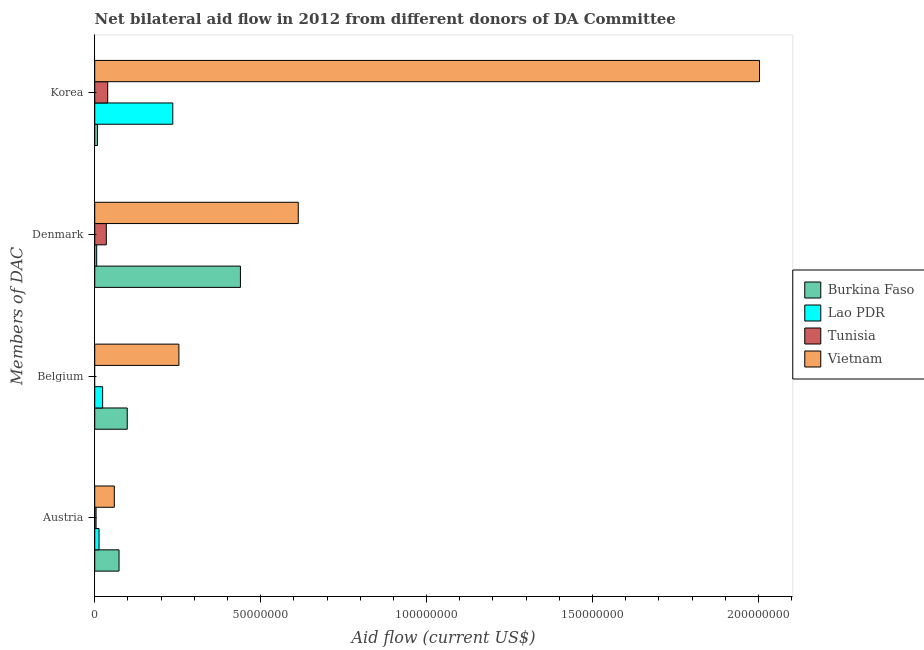
| Members of DAC | Burkina Faso | Lao PDR | Tunisia | Vietnam |
 | --- | --- | --- | --- | --- |
 | Austria | 7.32e+06 | 1.3e+06 | 4e+05 | 5.9e+06 |
 | Belgium | 9.8e+06 | 2.38e+06 | -2.62e+06 | 2.54e+07 |
 | Denmark | 4.39e+07 | 5.9e+05 | 3.49e+06 | 6.13e+07 |
 | Korea | 8.1e+05 | 2.35e+07 | 3.91e+06 | 2e+08 |